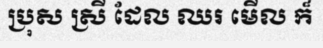
ប្រុស ស្រី ដែល ឈរ មើល ក៏